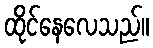
ထိုင်နေလေသည်။